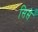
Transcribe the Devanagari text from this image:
सिसे